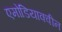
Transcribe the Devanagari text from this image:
एमोडियाक्वीन